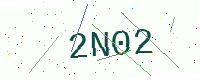
Text: 2N02